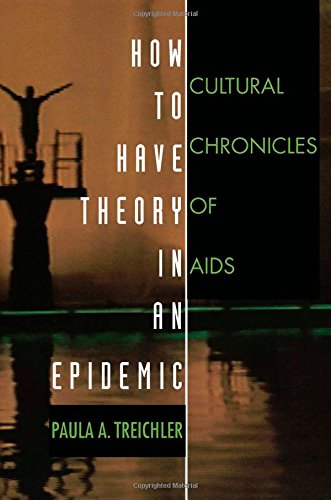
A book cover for How to Have Theory in an Epidemic: Cultural Chronicles of AIDS (Series Q); Paula A. Treichler; Gay & Lesbian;